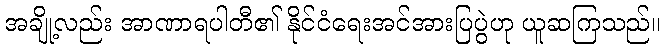
အချို့လည်း အာဏာရပါတီ၏ နိုင်ငံရေးအင်အားပြပွဲဟု ယူဆကြသည်။